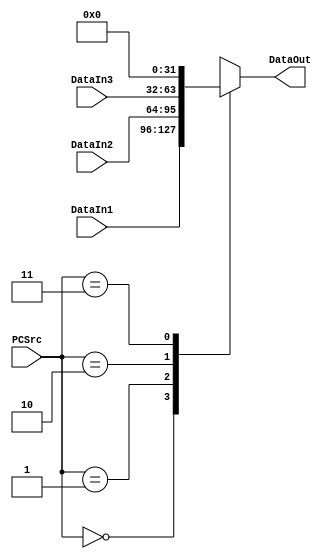
`timescale 1ns / 1ps
//////////////////////////////////////////////////////////////////////////////////
// Company: 
// Engineer: 
// 
// Design Name: 
// Module Name: Multiplexer32For4
// Project Name: 
// Target Devices: 
// Tool Versions: 
// Description: 
// 
// Dependencies: 
// 
// Revision:
// Revision 0.01 - File Created
// Additional Comments:
// 
//////////////////////////////////////////////////////////////////////////////////


module Multiplexer32For4(       //3241
    input [1:0]PCSrc,
    input [31:0]DataIn1,
    input [31:0]DataIn2,
    input [31:0]DataIn3,        //31
    output reg [31:0]DataOut
    );
    
    always @(PCSrc or DataIn1 or DataIn2 or DataIn3) begin
        case (PCSrc)
            2'b00 : DataOut = DataIn1;
            2'b01 : DataOut = DataIn2;
            2'b10 : DataOut = DataIn3;
            2'b11 : DataOut = 0;        //
        endcase
    end
endmodule